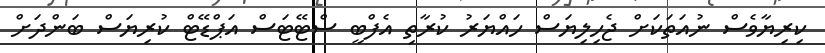
ކިރިޔާވެސް ނުއަތަކަށް ޖެހިލިޔަސް ހައްޔަރު ކުރާތި އެފްބީ ސްޓޭޓަސް އަޕްޑޭޓް ކުރިޔަސް ބަންދަށް